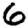
Digit: 6